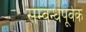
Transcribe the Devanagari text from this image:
सम्बन्धपूर्वक